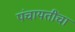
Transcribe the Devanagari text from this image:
पंचायतींचा